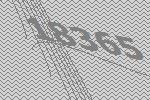
18365